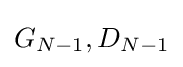
G_{N-1},D_{N-1}